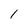
Character: 1